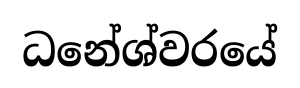
ධනේශ්වරයේ